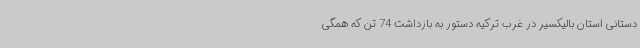
دستانی استان بالیکسیر در غرب ترکیه دستور به بازداشت 74 تن که همگی